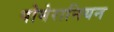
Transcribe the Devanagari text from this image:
पोमेरानियन